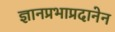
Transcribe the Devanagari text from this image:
ज्ञानप्रभाप्रदानेन